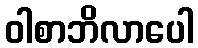
ဝါစာဘိလာပေါ